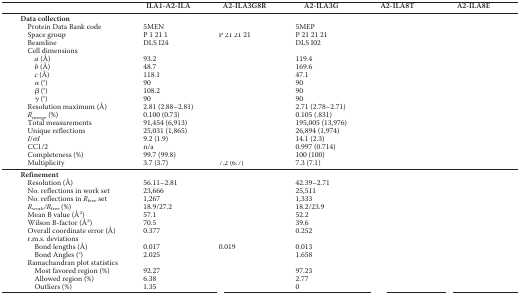
<table><thead><tr><td>[EMPTY_CELL]</td><td><b>ILA1-A2-ILA</b></td><td><b>A2-ILA3G8R</b></td><td><b>A2-ILA3G</b></td><td><b>A2-ILA8T</b></td><td><b>A2-ILA8E</b></td></tr></thead><tbody><tr><td><b>Data collection</b></td><td>[EMPTY_CELL]</td><td>[EMPTY_CELL]</td><td>[EMPTY_CELL]</td><td>[EMPTY_CELL]</td><td>[EMPTY_CELL]</td></tr><tr><td>Protein Data Bank code</td><td>5MEN</td><td>[EMPTY_CELL]</td><td>5MEP</td><td>[EMPTY_CELL]</td><td>[EMPTY_CELL]</td></tr><tr><td>Space group</td><td>P 1 21 1</td><td>P 21 21 21</td><td>P 21 21 21</td><td>[EMPTY_CELL]</td><td>[EMPTY_CELL]</td></tr><tr><td>Beamline</td><td>DLS I24</td><td>[EMPTY_CELL]</td><td>DLS I02</td><td>[EMPTY_CELL]</td><td>[EMPTY_CELL]</td></tr><tr><td>Cell dimensions</td><td>[EMPTY_CELL]</td><td>[EMPTY_CELL]</td><td>[EMPTY_CELL]</td><td>[EMPTY_CELL]</td><td>[EMPTY_CELL]</td></tr><tr><td><i>a</i> (Å)</td><td>93.2</td><td>[EMPTY_CELL]</td><td>119.4</td><td>[EMPTY_CELL]</td><td>[EMPTY_CELL]</td></tr><tr><td><i>b</i> (Å)</td><td>48.7</td><td>[EMPTY_CELL]</td><td>169.6</td><td>[EMPTY_CELL]</td><td>[EMPTY_CELL]</td></tr><tr><td><i>c</i> (Å)</td><td>118.1</td><td>[EMPTY_CELL]</td><td>47.1</td><td>[EMPTY_CELL]</td><td>[EMPTY_CELL]</td></tr><tr><td>α (°)</td><td>90</td><td>[EMPTY_CELL]</td><td>90</td><td>[EMPTY_CELL]</td><td>[EMPTY_CELL]</td></tr><tr><td>β (°)</td><td>108.2</td><td>[EMPTY_CELL]</td><td>90</td><td>[EMPTY_CELL]</td><td>[EMPTY_CELL]</td></tr><tr><td>γ (°)</td><td>90</td><td>[EMPTY_CELL]</td><td>90</td><td>[EMPTY_CELL]</td><td>[EMPTY_CELL]</td></tr><tr><td>Resolution maximum (Å)</td><td>2.81 (2.88–2.81)</td><td>[EMPTY_CELL]</td><td>2.71 (2.78–2.71)</td><td>[EMPTY_CELL]</td><td>[EMPTY_CELL]</td></tr><tr><td><i>R</i><sub>merge</sub> (%)</td><td>0.100 (0.73)</td><td>[EMPTY_CELL]</td><td>0.105 (.831)</td><td>[EMPTY_CELL]</td><td>[EMPTY_CELL]</td></tr><tr><td>Total measurements</td><td>91,454 (6,913)</td><td>[EMPTY_CELL]</td><td>195,005 (13,976)</td><td>[EMPTY_CELL]</td><td>[EMPTY_CELL]</td></tr><tr><td>Unique reflections</td><td>25,031 (1,865)</td><td>[EMPTY_CELL]</td><td>26,894 (1,974)</td><td>[EMPTY_CELL]</td><td>[EMPTY_CELL]</td></tr><tr><td><i>I</i>/σ<i>I</i></td><td>9.2 (1.9)</td><td>[EMPTY_CELL]</td><td>14.1 (2.3)</td><td>[EMPTY_CELL]</td><td>[EMPTY_CELL]</td></tr><tr><td>CC1/2</td><td>n/a</td><td>[EMPTY_CELL]</td><td>0.997 (0.714)</td><td>[EMPTY_CELL]</td><td>[EMPTY_CELL]</td></tr><tr><td>Completeness (%)</td><td>99.7 (99.8)</td><td>[EMPTY_CELL]</td><td>100 (100)</td><td>[EMPTY_CELL]</td><td>[EMPTY_CELL]</td></tr><tr><td>Multiplicity</td><td>3.7 (3.7)</td><td>7.2 (6.7)</td><td>7.3 (7.1)</td><td>[EMPTY_CELL]</td><td>[EMPTY_CELL]</td></tr><tr><td><b>Refinement</b></td><td>[EMPTY_CELL]</td><td>[EMPTY_CELL]</td><td>[EMPTY_CELL]</td><td>[EMPTY_CELL]</td><td>[EMPTY_CELL]</td></tr><tr><td>Resolution (Å)</td><td>56.11–2.81</td><td>[EMPTY_CELL]</td><td>42.39–2.71</td><td>[EMPTY_CELL]</td><td>[EMPTY_CELL]</td></tr><tr><td>No. reflections in work set</td><td>23,666</td><td>[EMPTY_CELL]</td><td>25,511</td><td>[EMPTY_CELL]</td><td>[EMPTY_CELL]</td></tr><tr><td>No. reflections in <i>R</i><sub>free</sub> set</td><td>1,267</td><td>[EMPTY_CELL]</td><td>1,333</td><td>[EMPTY_CELL]</td><td>[EMPTY_CELL]</td></tr><tr><td><i>R</i><sub>work</sub><i>/R</i><sub>free</sub> (%)</td><td>18.9/27.2</td><td>[EMPTY_CELL]</td><td>18.2/23.9</td><td>[EMPTY_CELL]</td><td>[EMPTY_CELL]</td></tr><tr><td>Mean B value (Å<sup>2</sup>)</td><td>57.1</td><td>[EMPTY_CELL]</td><td>52.2</td><td>[EMPTY_CELL]</td><td>[EMPTY_CELL]</td></tr><tr><td>Wilson B-factor (Å<sup>2</sup>)</td><td>70.5</td><td>[EMPTY_CELL]</td><td>39.6</td><td>[EMPTY_CELL]</td><td>[EMPTY_CELL]</td></tr><tr><td>Overall coordinate error (Å)</td><td>0.377</td><td>[EMPTY_CELL]</td><td>0.252</td><td>[EMPTY_CELL]</td><td>[EMPTY_CELL]</td></tr><tr><td>r.m.s. deviations</td><td>[EMPTY_CELL]</td><td>[EMPTY_CELL]</td><td>[EMPTY_CELL]</td><td>[EMPTY_CELL]</td><td>[EMPTY_CELL]</td></tr><tr><td>Bond lengths (Å)</td><td>0.017</td><td>0.019</td><td>0.013</td><td>[EMPTY_CELL]</td><td>[EMPTY_CELL]</td></tr><tr><td>Bond Angles (°)</td><td>2.025</td><td>[EMPTY_CELL]</td><td>1.658</td><td>[EMPTY_CELL]</td><td>[EMPTY_CELL]</td></tr><tr><td>Ramachandran plot statistics</td><td>[EMPTY_CELL]</td><td>[EMPTY_CELL]</td><td>[EMPTY_CELL]</td><td>[EMPTY_CELL]</td><td>[EMPTY_CELL]</td></tr><tr><td>Most favored region (%)</td><td>92.27</td><td>[EMPTY_CELL]</td><td>97.23</td><td>[EMPTY_CELL]</td><td>[EMPTY_CELL]</td></tr><tr><td>Allowed region (%)</td><td>6.38</td><td>[EMPTY_CELL]</td><td>2.77</td><td>[EMPTY_CELL]</td><td>[EMPTY_CELL]</td></tr><tr><td>Outliers (%)</td><td>1.35</td><td>[EMPTY_CELL]</td><td>0</td><td>[EMPTY_CELL]</td><td>[EMPTY_CELL]</td></tr></tbody></table>